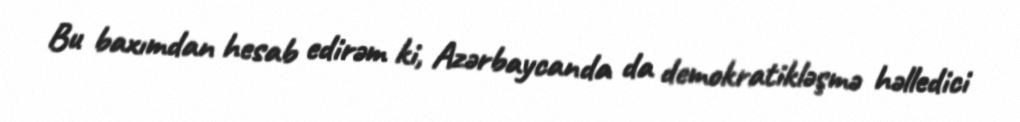
Bu baxımdan hesab edirəm ki, Azərbaycanda da demokratikləşmə həlledici